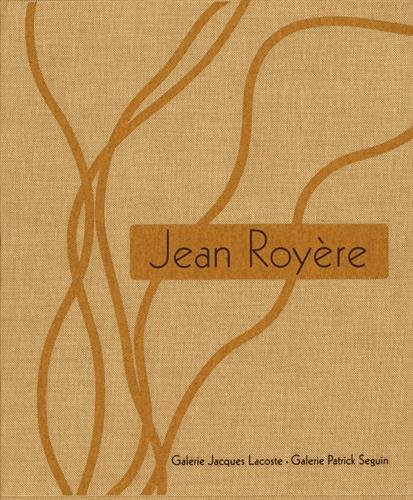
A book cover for Jean RoyÃ¨re; Arts & Photography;